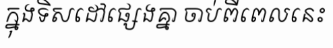
ក្នុងទិសដៅផ្សេងគ្នា ចាប់ពីពេលនេះ